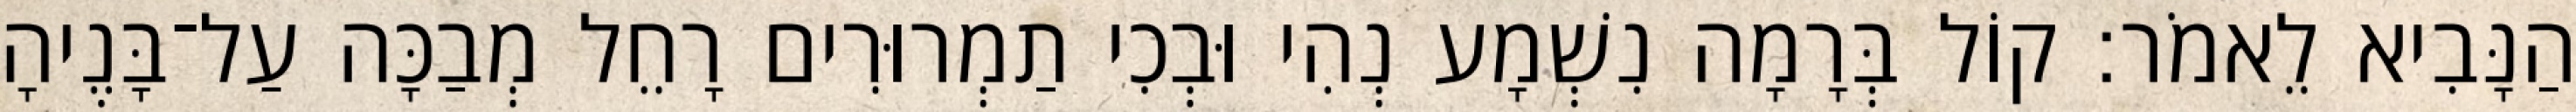
הַנָּבִיא לֵאמֹר׃ קוֹל בְּרָמָה נִשְׁמָע נְהִי וּבְכִי תַמְרוּרִים רָחֵל מְבַכָּה עַל־בָּנֶיהָ